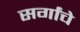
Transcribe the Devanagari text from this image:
सर्गांचे